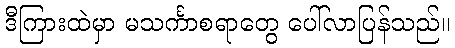
ဒီကြားထဲမှာ မသင်္ကာစရာတွေ ပေါ်လာပြန်သည်။